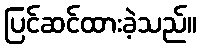
ပြင်ဆင်ထားခဲ့သည်။